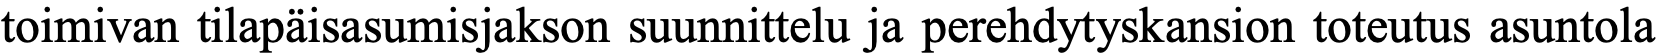
toimivan tilapäisasumisjakson suunnittelu ja perehdytyskansion toteutus asuntola